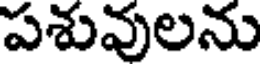
పశువులను